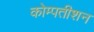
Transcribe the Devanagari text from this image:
कोम्पतीशन